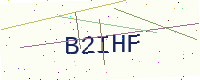
Text: B2IHF